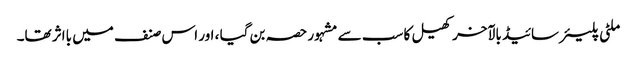
ملٹی پلیئر سائیڈ بالآخر کھیل کا سب سے مشہور حصہ بن گیا ، اور اس صنف میں بااثر تھا۔